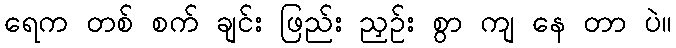
ရေက တစ် စက် ချင်း ဖြည်း ညှဉ်း စွာ ကျ နေ တာ ပဲ။